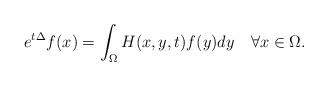
LaTeX: \begin{align*}e^{t\Delta} f(x)=\int_\Omega H(x, y, t)f(y)dy\quad\forall x\in \Omega.\end{align*}